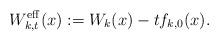
LaTeX: \begin{align*}W^{\rm eff}_{k,t}(x):=W_k(x)-t f_{k,0}(x).\end{align*}